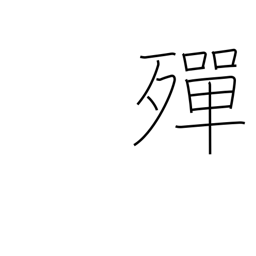
Meaning: become exhausted